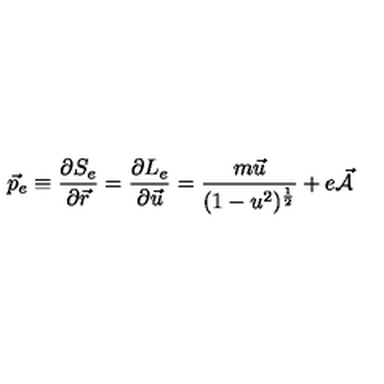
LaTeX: \vec { p } _ { e } \equiv \frac { \partial S _ { e } } { \partial \vec { r } } = \frac { \partial L _ { e } } { \partial \vec { u } } = \frac { m \vec { u } } { ( 1 - u ^ { 2 } ) ^ { \frac { 1 } { 2 } } } + e \vec { { \cal A } }